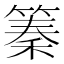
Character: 𥱧